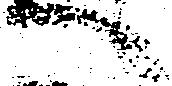
へ